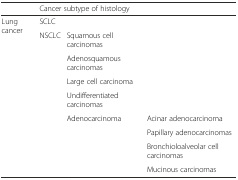
|  | <COLSPAN=3> Cancer subtype of histology |
 | --- | --- | --- | --- |
 | <ROWSPAN=9> Lung cancer | SCLC |  |  |
 | NSCLC | Squamous cell carcinomas |  |
 |  | Adenosquamous carcinomas |  |
 |  | Large cell carcinoma |  |
 |  | Undifferentiated carcinomas |  |
 |  | Adenocarcinoma | Acinar adenocarcinoma |
 |  |  | Papillary adenocarcinomas |
 |  |  | Bronchioloalveolar cell carcinomas |
 |  |  | Mucinous carcinomas |